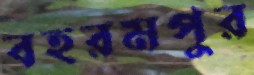
বহরমপুর